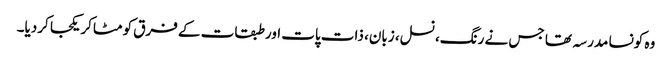
وہ کونسا مدرسہ تھا جس نے رنگ، نسل، زبان، ذات پات اور طبقات کے فرق کو مٹاکر یکجا کردیا۔